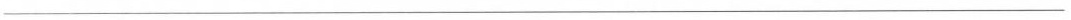
___